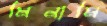
মিনামি